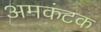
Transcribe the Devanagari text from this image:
अमकंटक